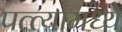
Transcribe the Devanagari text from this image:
पत्त्यांमध्ये